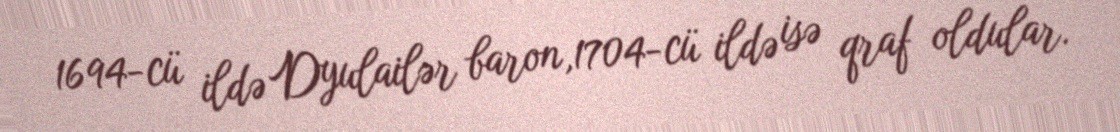
1694-cü ildə Dyulailər baron,1704-cü ildə isə qraf oldular.